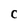
Character: C